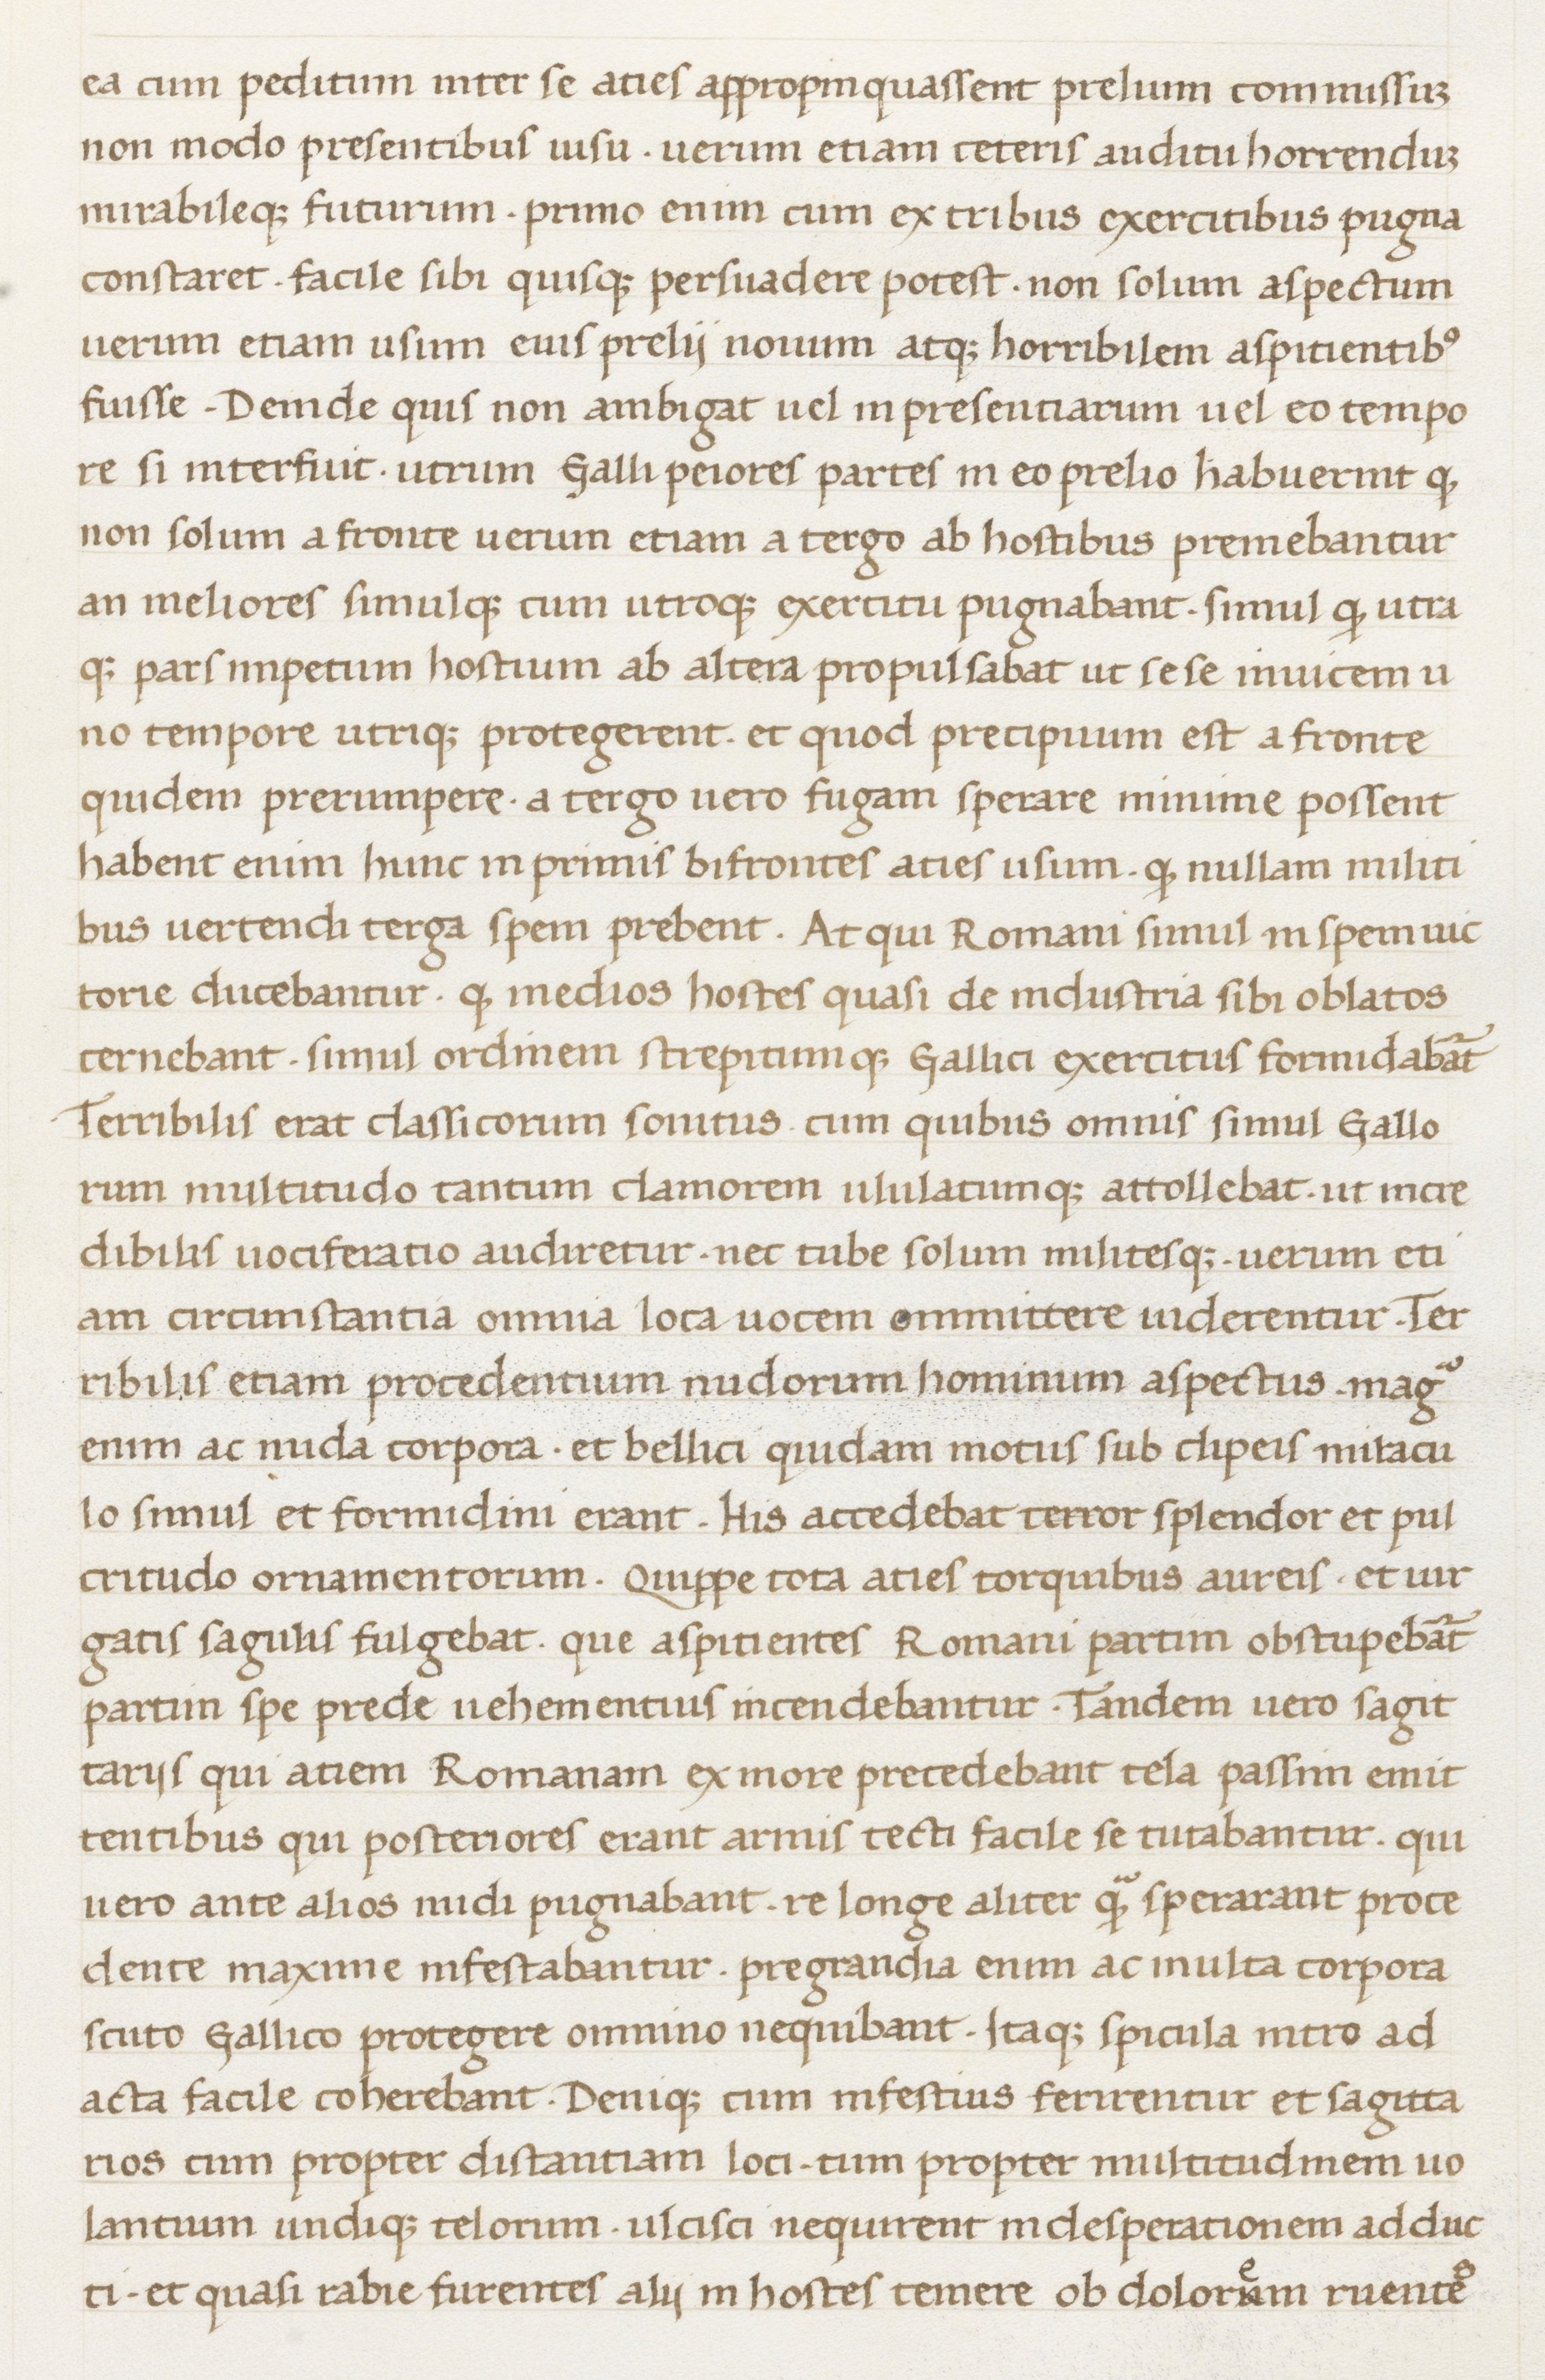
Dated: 1400–1499